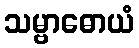
သမ္ဗာဓောယံ